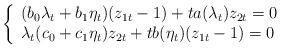
LaTeX: \begin{align*}\left\{\begin{array}{l} (b_0\lambda_t+b_1\eta_t)(z_{1t}-1)+ta(\lambda_t)z_{2t}=0\cr \lambda_t(c_0+c_1\eta_t)z_{2t}+tb(\eta_t)(z_{1t}-1)=0 \end{array}\right.\end{align*}